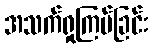
အသက်ရှုကြပ်ခြင်း